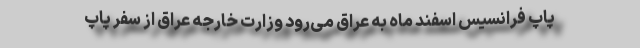
پاپ فرانسیس اسفند ماه به عراق می‌رود وزارت خارجه عراق از سفر پاپ